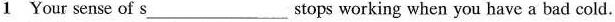
1 Your sense of s___ stops working when you have a bad cold.